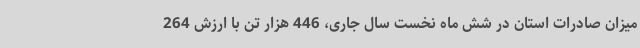
میزان صادرات استان در شش ماه نخست سال جاری، 446 هزار تن با ارزش 264